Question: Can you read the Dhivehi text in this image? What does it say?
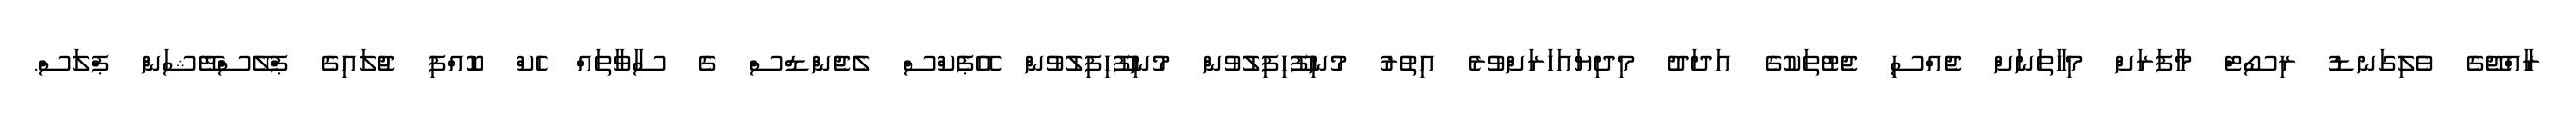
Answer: ރާއްޖޭގެ ވެލިގަނޑު ރިސޯޓް މާފަރަށް މިހާތަނަށް ޖެއްސި ޖެޓުތަކުގެ އަދަދު މިދިޔައަހަރަށްވުރެ އިތުރު މުނިފޫހިފިލުވުން މުނިފޫހިފިލުވުން އޭޕެކްސް ލެޖެންޑްސް ގެ ސާވާތައް ހެކް ކޮއްފި ޖުލައިގެ ޕްލޭސްްޓޭޝަން ޕްލަސް.